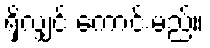
ရှိလျှင် ကောင်းမည်။